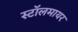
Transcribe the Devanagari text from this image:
स्टॉलमायर